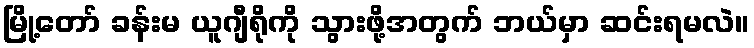
မြို့တော် ခန်းမ ယူဂျီရိုကို သွားဖို့အတွက် ဘယ်မှာ ဆင်းရမလဲ။